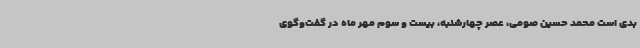
بدی است محمد حسین صومی، عصر چهارشنبه، بیست و سوم مهر ماه در گفت‌وگوی